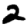
Digit: 2